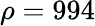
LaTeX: \rho=994